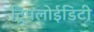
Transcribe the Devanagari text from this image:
ट्रिपलोईडिटी